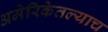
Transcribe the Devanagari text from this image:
अमेरिकेतल्याच